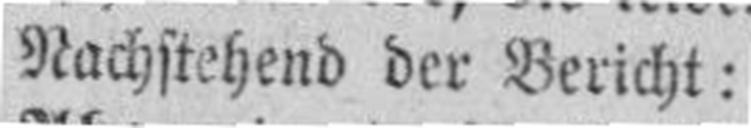
Nachstehend der Bericht: